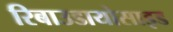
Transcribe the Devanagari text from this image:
रिबाउडायोसाइड